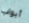
أبواب